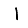
Digit: 1